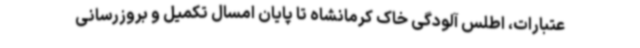
عتبارات، اطلس آلودگی خاک کرمانشاه تا پایان امسال تکمیل و بروزرسانی